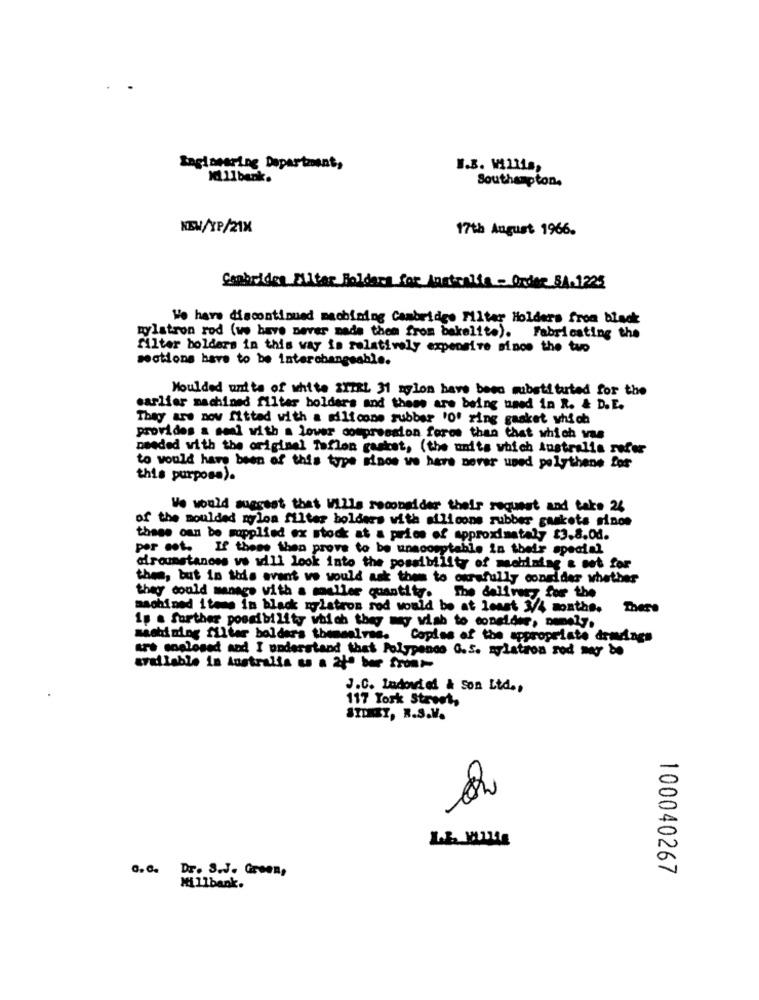
Engineering Department,
W.B. Willis,
Kl 11bank.
Southampton.
NEW/XP/21X
17th August 1966.
Sembriden Filter Folders for Anatcatta - Order SA-1225
We have discontinued machining Cambridge Filter Holders from black
mylstron rod (we have never made them from bakelite). Fabricating the
filter bolders in this way is relatively expensive since the tuo
sections have to be interchangeable.
Moulded units of white 2XTRL 31 nylon have been substituted for the
earlier machined filter holders and these are being used in R. & D.E.
They are now fitted with a silicone rubber '0' ring gasket which
provides a seal with a lover compression force than that which van
needed with the original Teflon gasket, (the units which Australia refer
to would have been of this type since we here never used polythene for
this purpose).
We would suggest that Wille reconsider their request and take 26
of the moulded nylon filter holders with silicone rubber gaskets sinon
these oun be supplied ex stock at a price of approximately $3.8.00.
per est. If these then prove to be unacceptable in their special
al roustanoss vs will look into the possibility of mobining & set for
them, but in this avant we would ask them to ourafully consider whether
they could manage with a muller quantity. The delivery for the
machined items in black myLetros red would be at least 3/4 months.
There
Is a further possibility which they may wish to consider, namely.
machining filter balder's themselves. Copies of the appropriate drawings
are enclosed and I understand that Polypenso C.S. sylation sed may be
available in Australia es a 21º ber front-
J.C. Indoviel & Son Ltd .,
117 York Street,
SIDNEY, R.S.V.
O.c. Dr. S.J. Green,
100040267
Millbank.